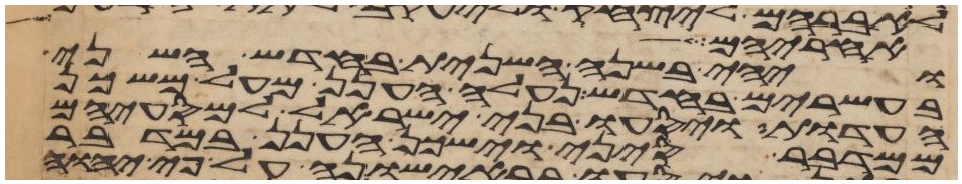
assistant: אחריהם לך
ויהי בשנה השנית בחדש השני
בעשרים בחדש נעלה הענן מעל משכן
העדות ויסעו בני ישראל למסעיהם
ממדבר סיני וישכן הענן במדבר